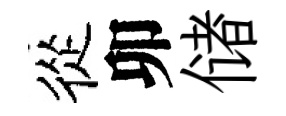
從卯储